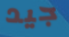
جيد